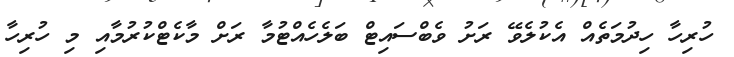
ހުރިހާ ހިދުމަތެއް އެކުލެވޭ ރަށު ވެބްސައިޓް ބަލެހެއްޓުމާ ރަށް މާކެޓްކުރުމާއި މި ހުރިހާ